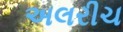
અલરીચ